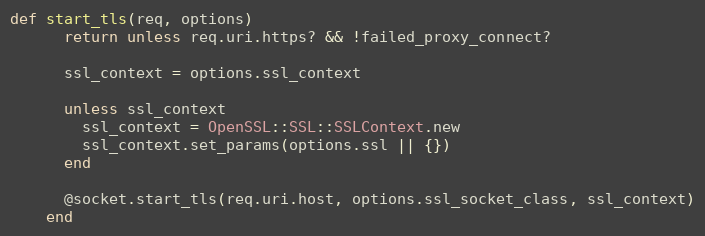
Language: Ruby
def start_tls(req, options)
      return unless req.uri.https? && !failed_proxy_connect?

      ssl_context = options.ssl_context

      unless ssl_context
        ssl_context = OpenSSL::SSL::SSLContext.new
        ssl_context.set_params(options.ssl || {})
      end

      @socket.start_tls(req.uri.host, options.ssl_socket_class, ssl_context)
    end